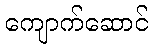
ကျောက်ဆောင်